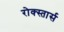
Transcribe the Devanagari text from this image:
रोक्स्तार्स